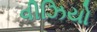
વીઝિયો